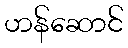
ဟန်ဆောင်